Vaccination Hyderabad 1872-1889 - 1872-1889
Year: 1872
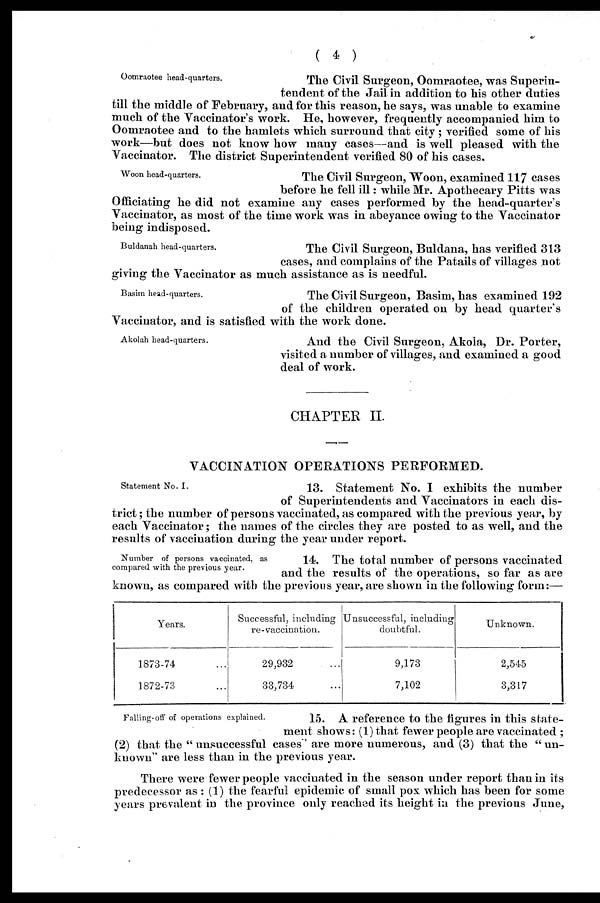
( 4 )
Oomraotee head-quarters.
The Civil Surgeon, Oomraotee, was Superin-
tendent of the Jail in addition to his other duties
till the middle of February, and for this reason, he says, was unable to examine
much of the Vaccinator's work. He, however, frequently accompanied him to
Oomraotee and to the hamlets which surround that city ; verified some of his
work—but does not know how many cases—and is well pleased with the
Vaccinator. The district Superintendent verified 80 of his cases.
Woon head-quarters.
The Civil Surgeon, Woon, examined 117 cases
before he fell ill: while Mr. Apothecary Pitts was
Officiating he did not examine any cases performed by the head-quarter's
Vaccinator, as most of the time work was in abeyance owing to the Vaccinator
being indisposed.
Buldanah head-quarters.
The Civil Surgeon, Buldana, has verified 313
cases, and complains of the Patails of villages not
giving the Vaccinator as much assistance as is needful.
Basim head-quarters.
The Civil Surgeon, Basim, has examined 192
of the children operated on by head quarter's
Vaccinator, and is satisfied with the work done.
Akolah head-quarters.
And the Civil Surgeon, Akola, Dr. Porter,
visited a number of villages, and examined a good
deal of work.
CHAPTER II.
VACCINATION OPERATIONS PERFORMED.
Statement No. I.
13. Statement No. I exhibits the number
of Superintendents and Vaccinators in each dis-
trict; the number of persons vaccinated, as compared with the previous year, by
each Vaccinator; the names of the circles they are posted to as well, and the
results of vaccination during the year under report.
Number of persons vaccinated, as
compared with the previous year.
14. The total number of persons vaccinated
and the results of the operations, so far as are
known, as compared with the previous year, are shown in the following form:—
Years.
1873-74 ...
1872-73 ...
Successful, including
re-vaccination.
29,932 ...
33,734 ...
Unsuccessful, includiug
doubtful.
9,173
7,102
Unknown.
2,545
3,317
Falling-off of operations explained.
15. A reference to the figures in this state-
ment shows: (1)that fewer people are vaccinated ;
(2) that the " unsuccessful cases" are more numerous, and (3) that the " un-
known" are less than in the previous year.
There were fewer people vaccinated in the season under report than in its
predecessor as : (1) the fearful epidemic of small pox which has been for some
years prevalent in the province only reached its height in the previous June,